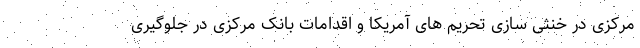
مرکزی در خنثی سازی تحریم های آمریکا و اقدامات بانک مرکزی در جلوگیری